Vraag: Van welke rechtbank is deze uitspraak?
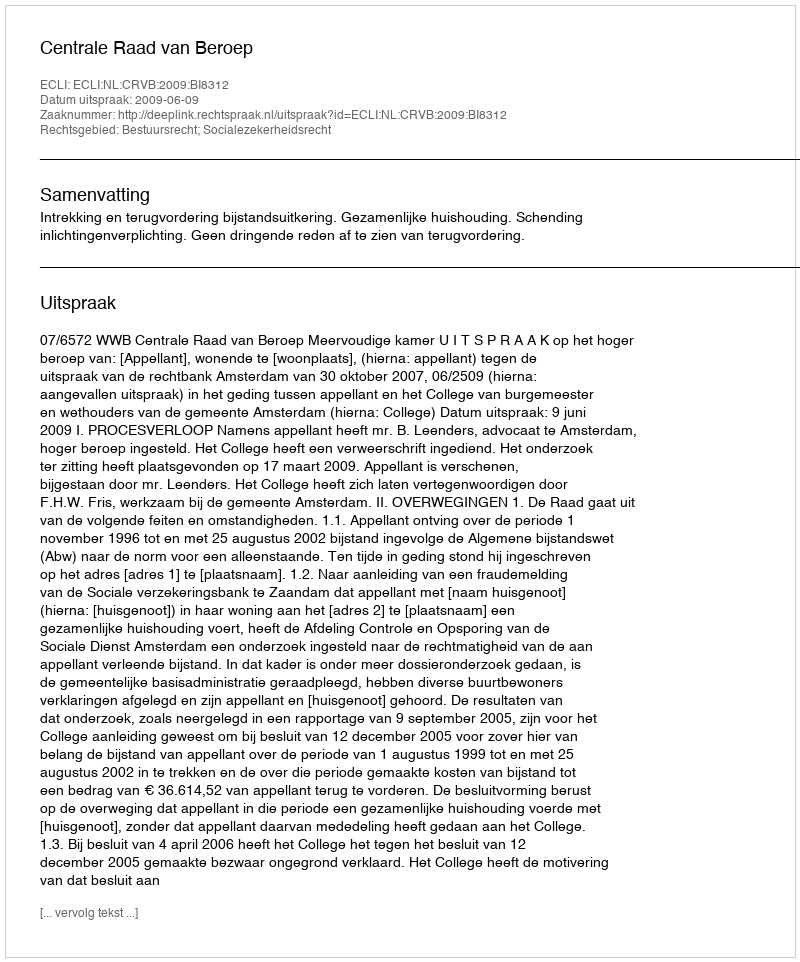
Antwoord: Centrale Raad van Beroep